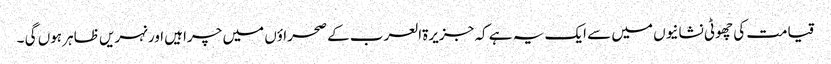
قیامت کی چھوٹی نشانیوں میں سے ایک یہ ہے کہ جزیرۃالعرب کے صحراؤں میں چراہیں اور نہریں ظاہر ہوں گی ۔